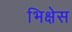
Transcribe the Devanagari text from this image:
भिक्षेस